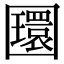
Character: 𡈵